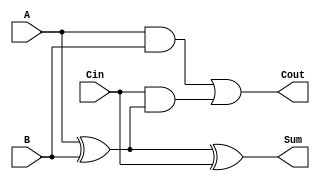
module full_adder (
    input wire A,      // First binary input
    input wire B,      // Second binary input
    input wire Cin,    // Carry-in input
    output wire Sum,   // Sum output
    output wire Cout   // Carry-out output
);

    // Sum calculation using XOR
    assign Sum = A ^ B ^ Cin;

    // Carry-out calculation
    assign Cout = (A & B) | (Cin & (A ^ B));

endmodule